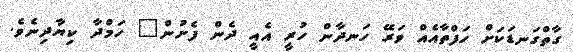
ގާތްގަނޑަކަށް ހަފްތާއެއް ވަރޭ ހަނދާން ހުރީ އެއީ ދެން ފެށުން" ހަމްދާ ކިޔާދިނެވެ.